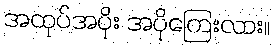
အထုပ်အပိုး အပိုကြေးလား။